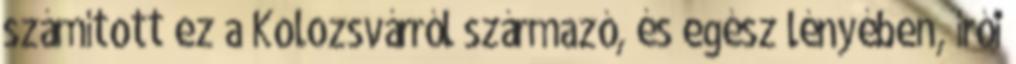
számított ez a Kolozsvárról származó, és egész lényében, írói